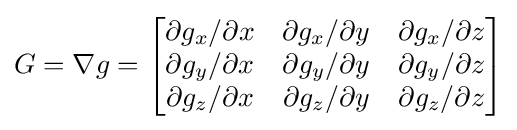
G=\nabla g={\begin{bmatrix}\partial {g_{x}}/\partial {x}&\partial {g_{x}}/\partial {y}&\partial {g_{x}}/\partial {z}\\\partial {g_{y}}/\partial {x}&\partial {g_{y}}/\partial {y}&\partial {g_{y}}/\partial {z}\\\partial {g_{z}}/\partial {x}&\partial {g_{z}}/\partial {y}&\partial {g_{z}}/\partial {z}\end{bmatrix}}